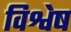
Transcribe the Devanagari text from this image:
विश्वेष